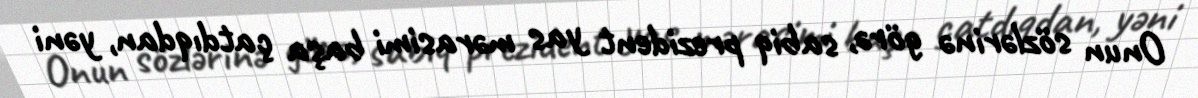
Onun sözlərinə görə, sabiq prezident yas mərasimi başa çatdıqdan, yəni